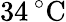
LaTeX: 34\, ^{\circ}\mathrm{C}